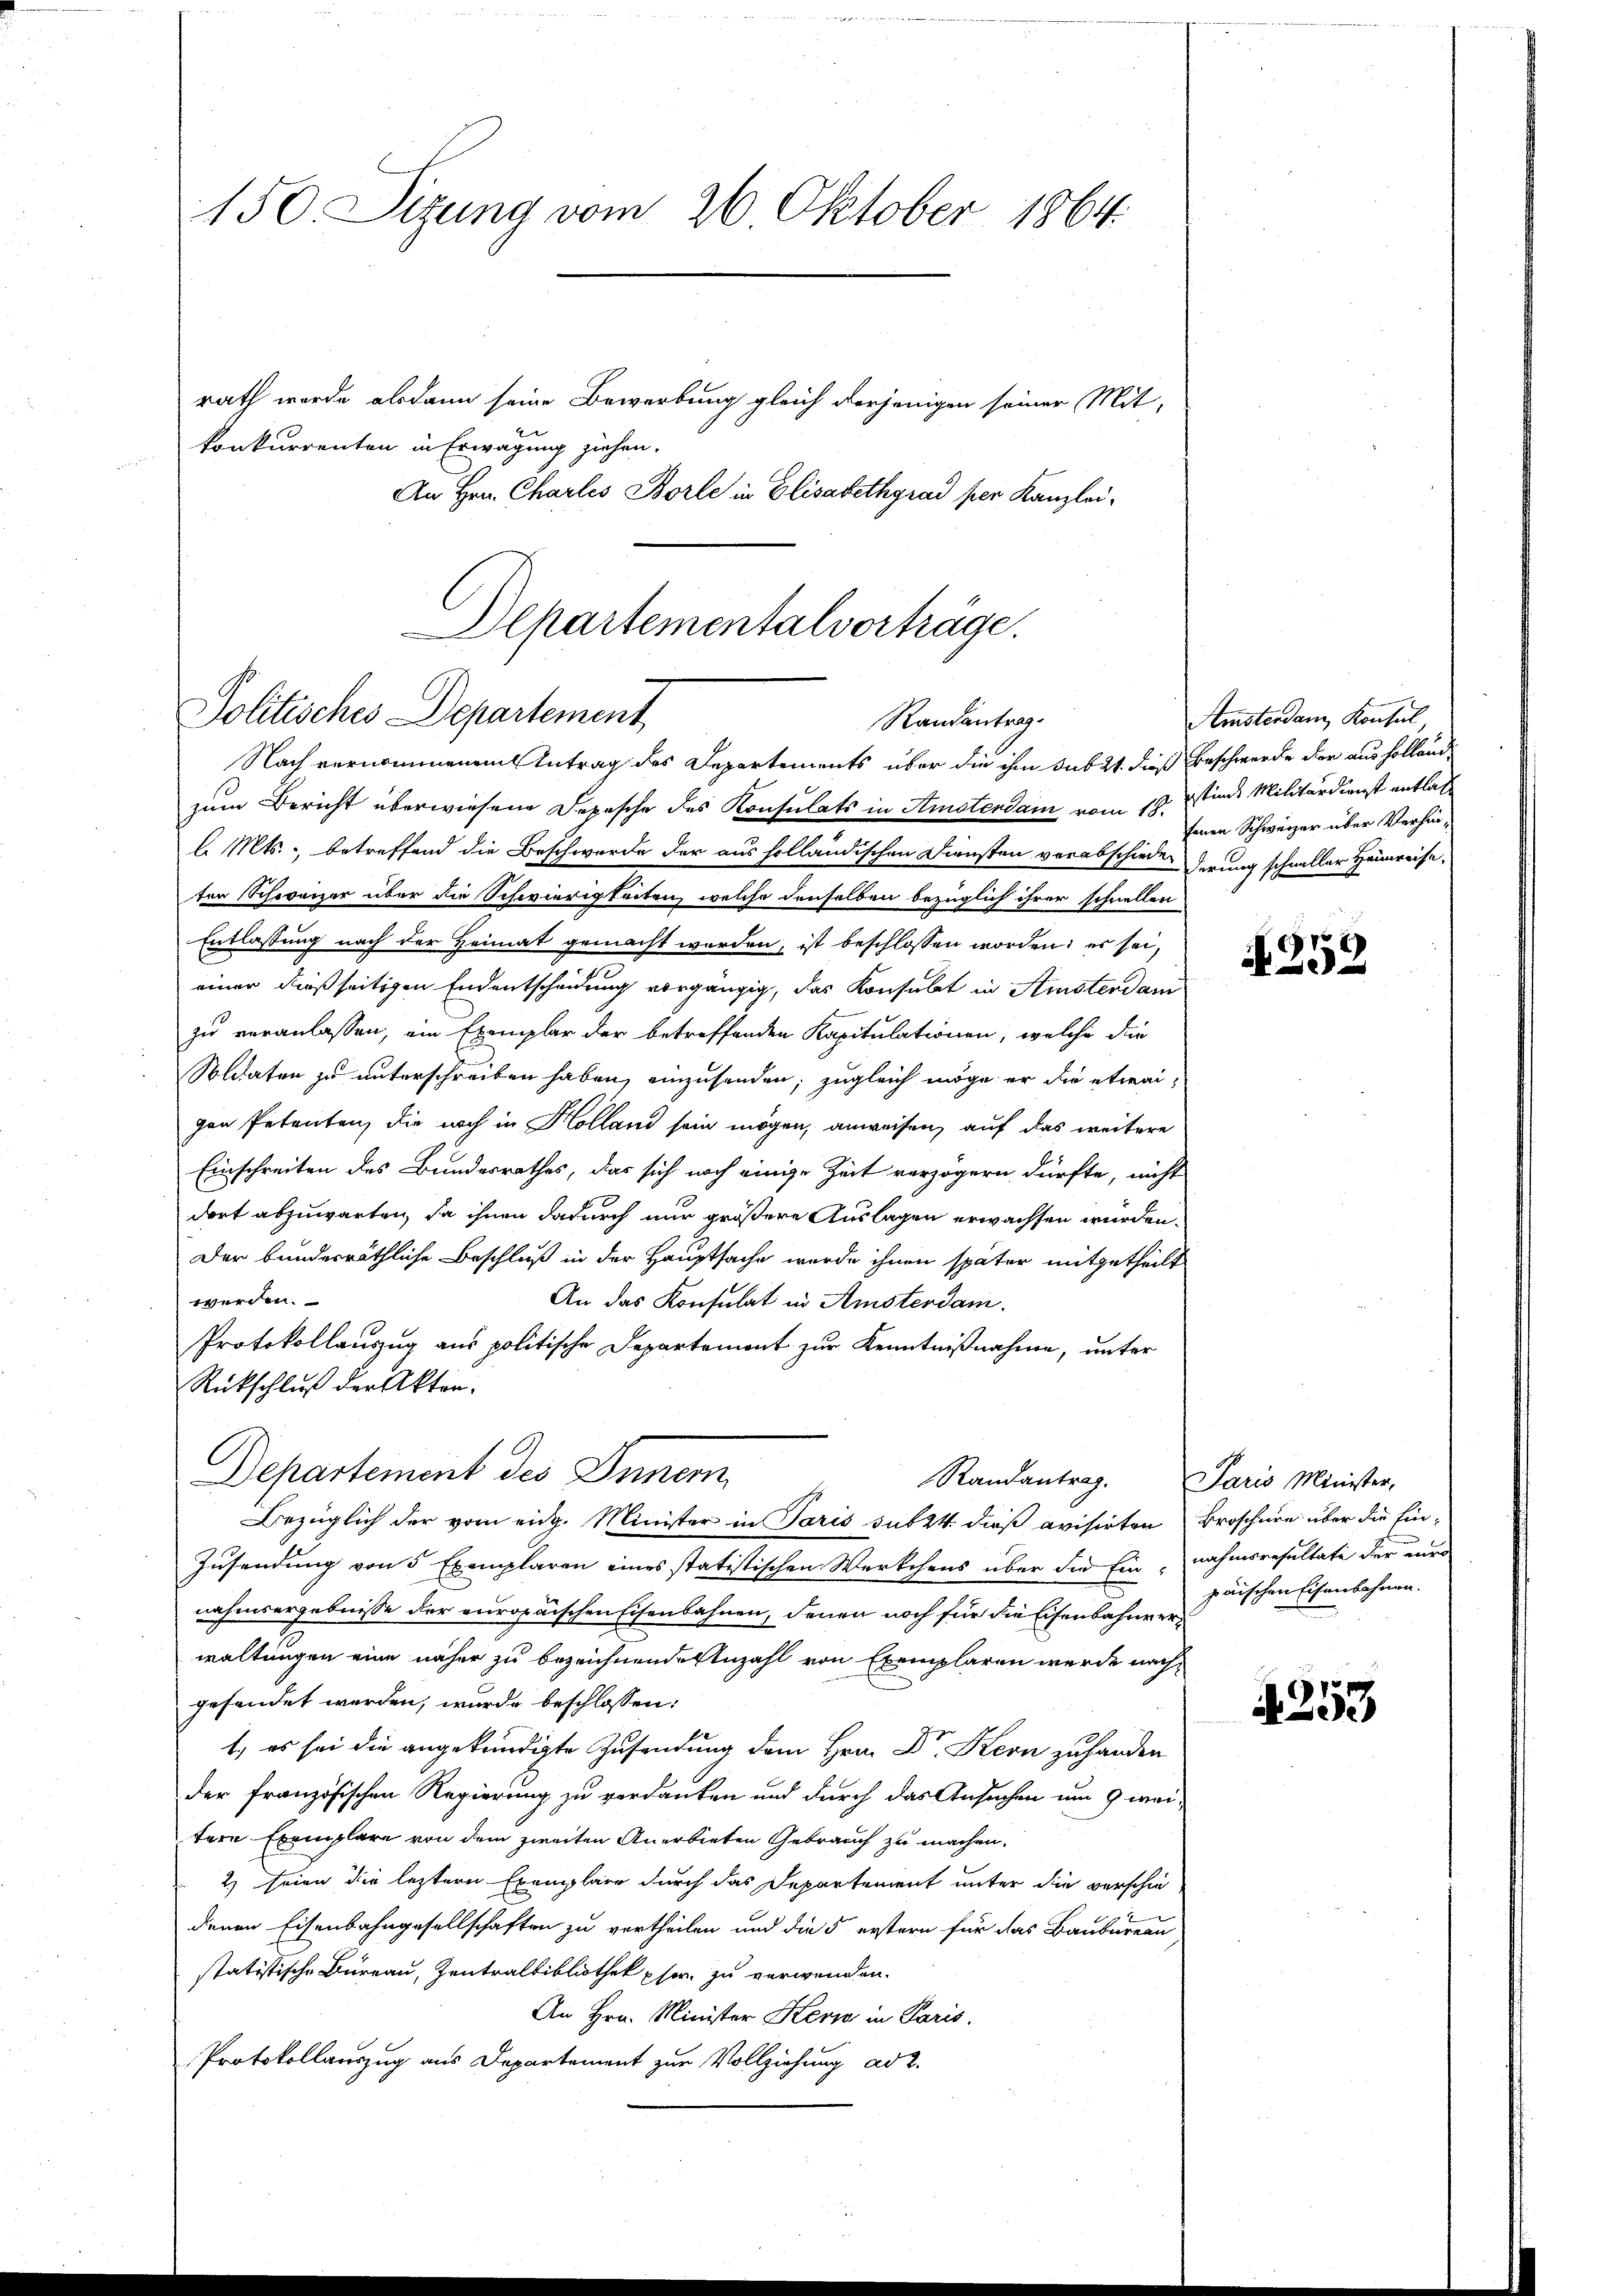
150. Sizung vom 26. Oktober 1864.

rath wurde alsdann seine Bewerbung gleich derjenigen seiner Mit-
konkurrenten in Erwägung ziehen.
An Hrn. Charles Borle in Elisabethgrad per Kanzlei-
zum Bericht überwiesene Depesche des Konsulats in Amstendam vom 18.
l. Mts., betreffend die Beschwerde der aus holländischen Diensten verabschiedenderung schneller Heimreise,
ten Schweizer über die Schwierigkeiten, welche denselben bezüglich ihrer schnellen
Entlassung nach der Heimat gemacht werden, ist beschlossen worden; es sei,
einer dießseitigen Endentscheidung vorgängig, das Konsulat in Amstendan
zu veranlassen, ein Exemplar der betreffenden Kapitulationen, welche die
Soldaten zu unterschreiben haben, einzusenden; zugleich möge er die etwai
gen Petenten, die noch in Holland sein mögen, anweisen, auf das weitere
Einschreiten des Bundesrathes, das sich noch einige Zeit verzögern dürfte, nicht
dort abzuwarten, da ihnen dadurch nur größere Auslagen erwachsen würden.
Der bunderräthliche Beschluß in der Hauptsache wurde ihnen später mitgetheilt
werden.
An das Konsulat in Amsterdam.
Protokollauszug aus politische Departemont zur Kenntnißnahme, unter
Rückschluß der Akten.
Departement des Inner
Randantrag.
Bezüglich der vom eidg. Minister in Paris sub 24. dieß avisirten
Zusendung von 5 Exemplaren eines statistischen Werkchens über die Einnahmsresultate der nur
nahmsergebnisse der europaischen Eisenbahnen, denen noch für die Eisenbahnverwaltungen eine näher zu bezeichnende Anzahl von Exemplaren werde nachgesendet werden, wurde beschlossen:
1., es sei die angekündigte Zusendung dem Hrn. Dr. Kern zuhanden
der französischen Regierung zu verdanken und durch das Ansuchen um 9 weitere Exemplare von dem zweiten Anerbieten Gebrauch zu machen.
2) seien die letztere Exemplare durch das Departement unter die verschiedenen Eisenbahngesellschaften zu vertheilen und die 5 erstern für das Baubureau
statistische Bureau, Zentralbibliothek pfer zu verwenden.
An Hrn. Minister Kern in Paris.
Protokollauszug aus Departement zur Vollziehung ad 2.

Departementalvorträge.
Politisches Departement
Randantrag
Nach vernommenem Antrag des Departements über die ihm sub 21. dieß Beschwerde der aus holland

Aristerdam Konsul
stins Militärdienst entlass
fenen Schweizer über Verhin¬

N. 253

Paris Minister,
Broschüre über die Einpäischen Eisenbahnen.

4253